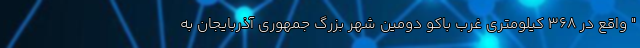
" واقع در 368 کیلومتری غرب باکو دومین شهر بزرگ جمهوری آذربایجان به